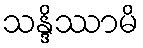
သန္ဒိဿာမိ